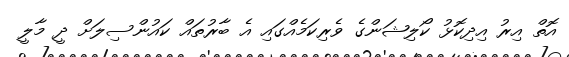
އޮތް އިރު އިދިކޮޅު ކޯލިޝަންގެ ވެރިކަމެއްގައި އެ ބާރުތައް ކައުންސިލަށް ދީ މާލީ